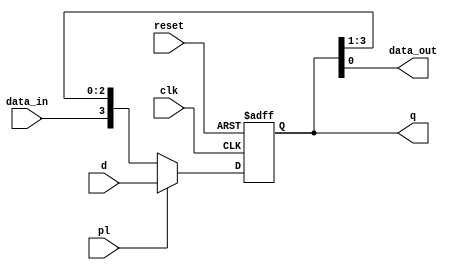
module piso (clk,reset,pl,d,q,data_in,data_out);

input clk, reset, pl, data_in;
input [3:0]d;
output data_out;
output reg[3:0] q;
wire [3:0]data_src;

assign data_src = pl ? d : {data_in, q[3:1]};   //if preload is 0, values of D-ff will propagate else
                                                //if preload is 1, values will be shifted right.

always @(posedge clk or negedge reset) begin
    
    if (!reset) begin
        q <= 4'b0;
    end

    else
        q <= data_src;

end

assign data_out = q[0];
    
endmodule